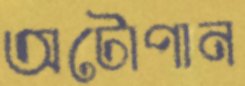
অটোপান